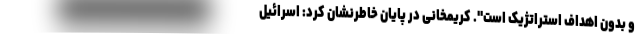
و بدون اهداف استراتژیک است". کریمخانی در پایان خاطرنشان کرد: اسرائیل